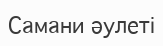
Самани әулеті